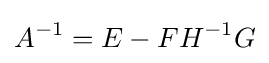
{A}^{-1}={E}-{FH}^{-1}{G}